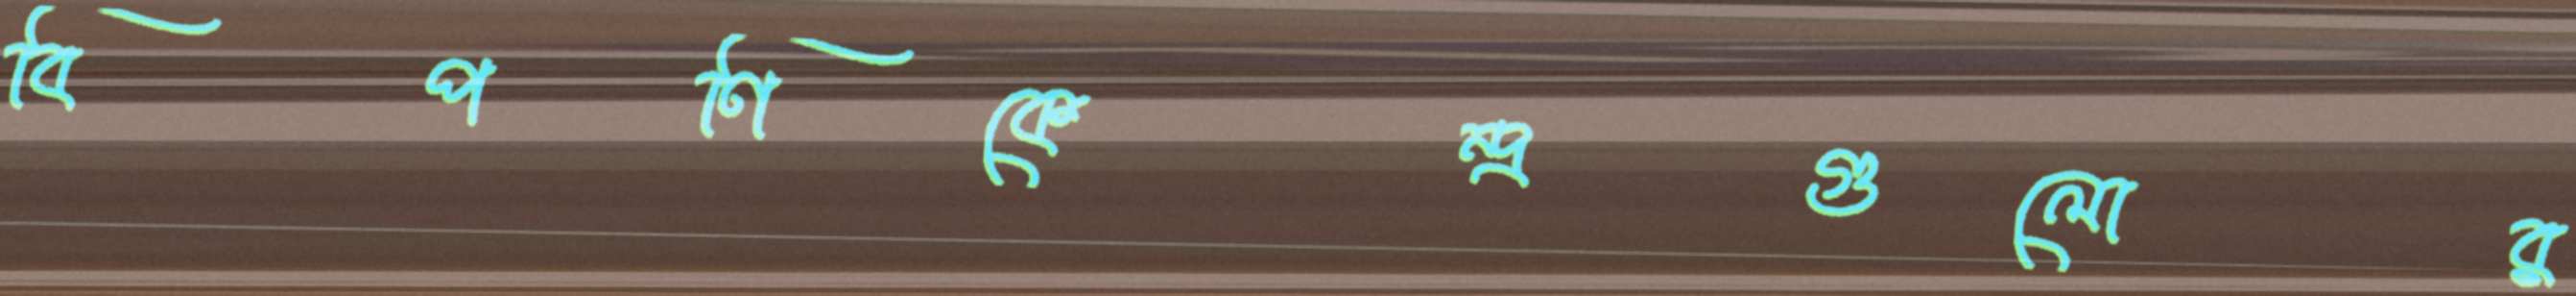
বিপণিকেন্দ্রগুলোর